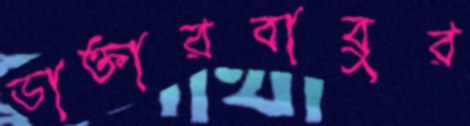
ডাক্তারবাবুর